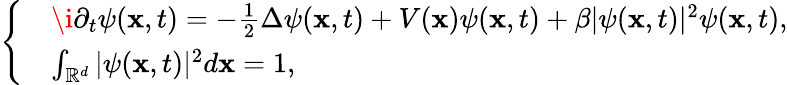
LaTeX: \left\{ \begin{array}{rl}&{\mathrm{\i}\partial_{t}\psi(\mathbf{x},t)=-\frac{1}{2}\Delta\psi(\mathbf{x},t)+V(\mathbf{x})\psi(\mathbf{x},t)+\beta|\psi(\mathbf{x},t)|^{2}\psi(\mathbf{x},t),}\\ &{\int_{\mathbb{R}^{d}}|\psi(\mathbf{x},t)|^{2}d\mathbf{x}=1,}\end{array}\right.